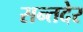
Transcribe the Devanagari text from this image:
सन्तदेर